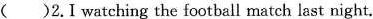
( )2.I watching the football match last night.